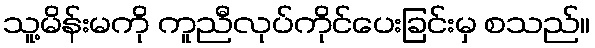
သူ့မိန်းမကို ကူညီလုပ်ကိုင်ပေးခြင်းမှ စသည်။